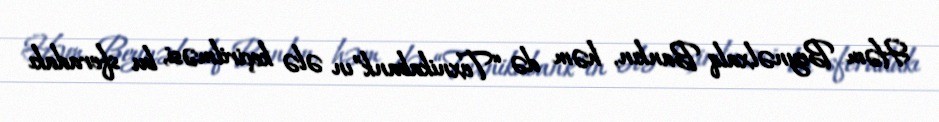
Həm Beynəlxalq Bankın, həm də “Texnikabank”ın ələ keçirilməsi, bu sferadakı